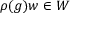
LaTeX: \rho ( g ) w \in W